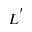
L ^ { ' }